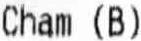
CHAM (B)